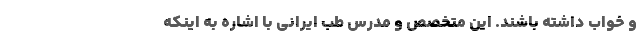
و خواب داشته باشند. این متخصص و مدرس طب ایرانی با اشاره به اینکه